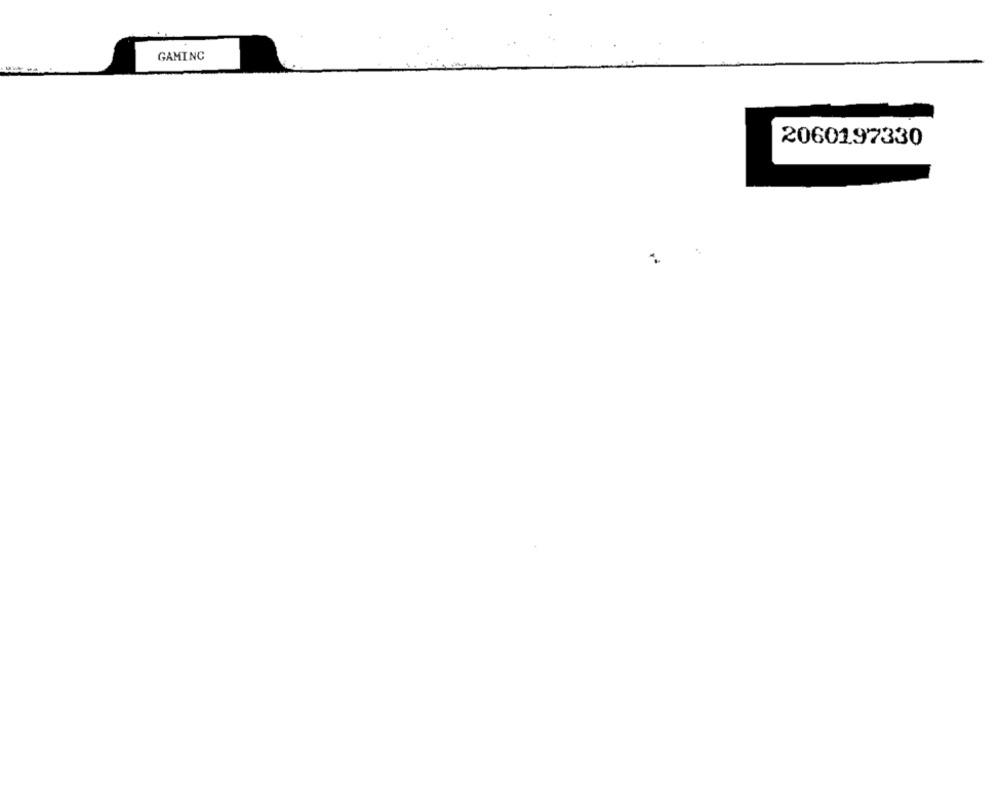
GAMING
2060197330